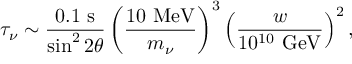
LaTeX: \tau _ { \nu } \sim \frac { 0 . 1 \mathrm { ~ s } } { \sin ^ { 2 } 2 \theta } \left( \frac { 1 0 \mathrm { ~ M e V } } { m _ { \nu } } \right) ^ { 3 } \left( \frac { w } { 1 0 ^ { 1 0 } \mathrm { ~ G e V } } \right) ^ { 2 } ,